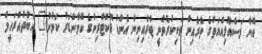
އޭނާ މަސްއޫލިއްޔަތުގެ ތެރެއިން ވަކިކުރެވުނީ ޓްރެއިނިން އެންޑް ޑޮކްޓްރިންގެ ކޮމާންޑަރު ކަމުން" އަބްދުއްރަހީމް